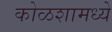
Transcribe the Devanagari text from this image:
कोळशामध्ये